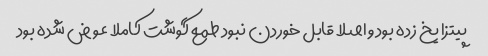
پیتزا یخ زده بود و اصلا قابل خوردن نبود طمع گوشت کاملا عوض شده بود